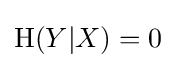
\mathrm {H} (Y|X)=0